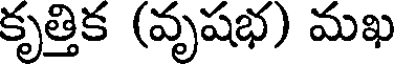
కృత్తిక (వృషభ) మఖ